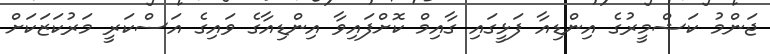
ޖަންމު ކަޝްމީރުގެ އިންޑިއާ ފަޅީގައި ގާއިމް ކޮށްފައިވާ އިންޑިއާގެ ވައިގެ އަސްކަރީ މަރުކަޒަކަށް